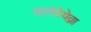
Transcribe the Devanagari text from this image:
वालेरेयेव्ना